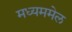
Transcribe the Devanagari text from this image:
मध्यममेल